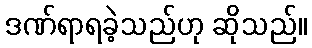
ဒဏ်ရာရခဲ့သည်ဟု ဆိုသည်။